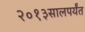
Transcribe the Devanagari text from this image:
२०१३सालपर्यंत